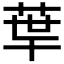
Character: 𦰗